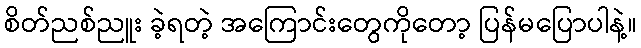
စိတ်ညစ်ညူး ခဲ့ရတဲ့ အကြောင်းတွေကိုတော့ ပြန်မပြောပါနဲ့။